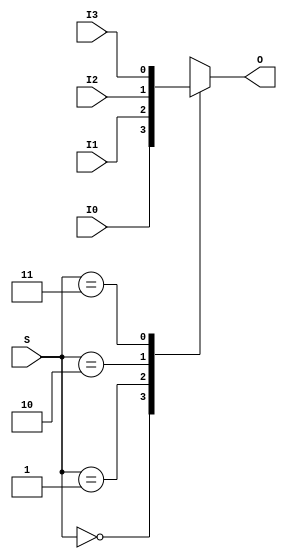
//Verilog Code for Mux
module mux_4x1(I0,I1,I2,I3,S,O);
input I0,I1,I2,I3;
input [1:0]S;
output reg O;

always@(*)
begin
case(S)
 2'b00 :O<=I0;
 2'b01 :O<=I1;
 2'b10 :O<=I2;
 2'b11 :O<=I3;
endcase
end
endmodule